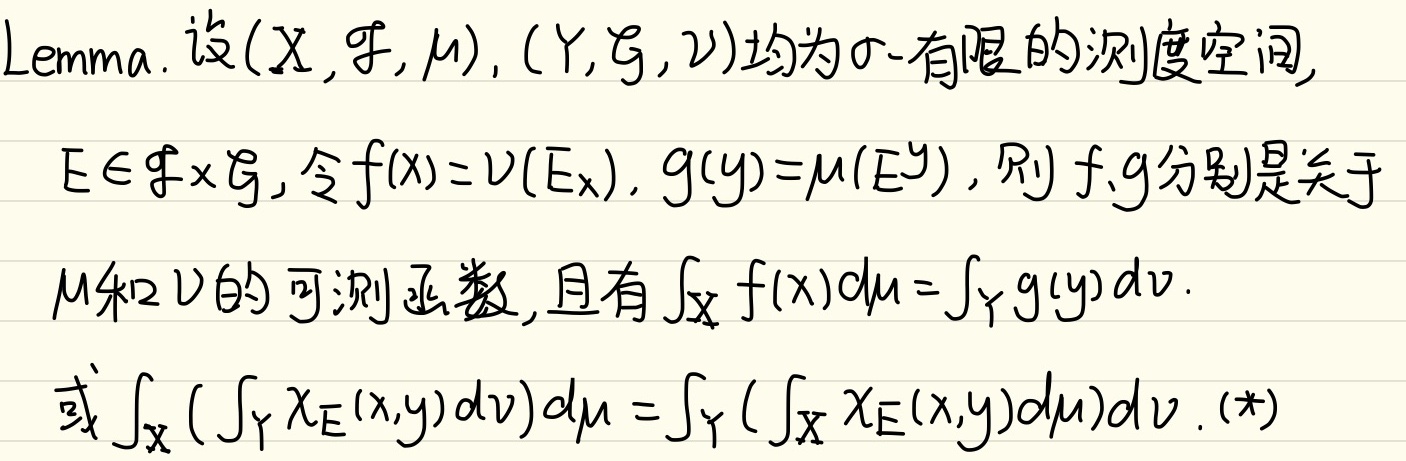
Lemma. 设$(X, \mathcal{F}, \mu), (Y, \mathcal{G}, \nu)$均为$\sigma$-有限的测度空间, $E\in\mathcal{F}\times\mathcal{G}$, 令$f(x)=\nu(E_x), g(y)=\mu(E^y)$, 则$f, g$分别是关于$\mu$和$\nu$的可测函数, 且有$\int_X f(x)d\mu=\int_Y g(y)d\nu$. 或
\[\int_X\left(\int_Y\chi_E(x,y)d\nu\right)d\mu=\int_Y\left(\int_X\chi_E(x,y)d\mu\right)d\nu. \tag{*}\]